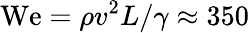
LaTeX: \mathrm{We}=\rho v^{2}L/\gamma\approx 350